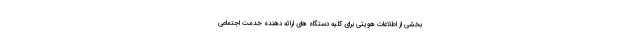
بخشی از اطلاعات هویتی برای کلیه دستگاه های ارائه دهنده خدمت اجتماعی